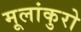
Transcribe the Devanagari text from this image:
मूलांकुरो